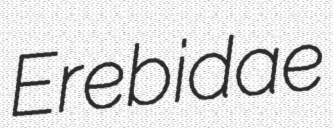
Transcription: Erebidae